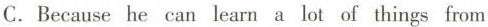
C. Because he can learn a lot of things from